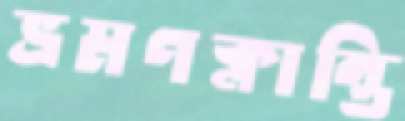
ভ্রমণক্লান্তি